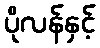
ပိုလန်နှင့်